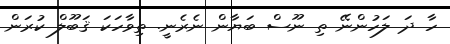
ހާ ދަ ލަހުންނޭ ތި ނޫސް ބަޔާން ނެރެނީ. ތިވާހަކަ ޤަބޫލް ކުރަން